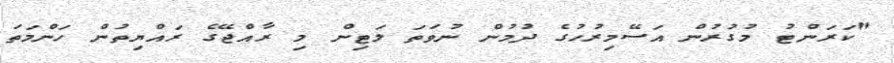
"ކަރަންޓު މުގުރުން އަސޭމިރުހުގެ ދުމުން ނުވަތަ ލަޓިން މި ރާއްޖޭގެ ރައްޔިތުން ހަންމަތަ